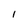
Character: 1